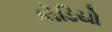
કોડિયો